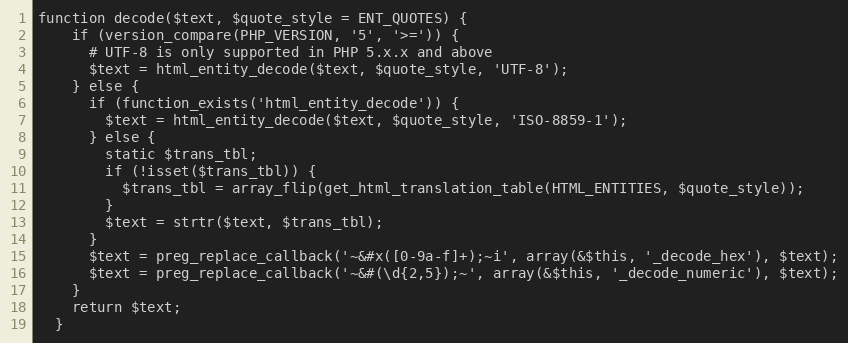
Language: PHP
function decode($text, $quote_style = ENT_QUOTES) {
    if (version_compare(PHP_VERSION, '5', '>=')) {
      # UTF-8 is only supported in PHP 5.x.x and above
      $text = html_entity_decode($text, $quote_style, 'UTF-8');
    } else {
      if (function_exists('html_entity_decode')) {
        $text = html_entity_decode($text, $quote_style, 'ISO-8859-1');
      } else {
        static $trans_tbl;
        if (!isset($trans_tbl)) {
          $trans_tbl = array_flip(get_html_translation_table(HTML_ENTITIES, $quote_style));
        }
        $text = strtr($text, $trans_tbl);
      }
      $text = preg_replace_callback('~&#x([0-9a-f]+);~i', array(&$this, '_decode_hex'), $text);
      $text = preg_replace_callback('~&#(\d{2,5});~', array(&$this, '_decode_numeric'), $text);
    }
    return $text;
  }